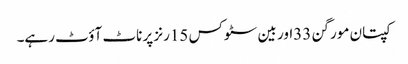
کپتان مورگن 33اور بین سٹوکس 15رنز پر ناٹ آؤٹ رہے۔